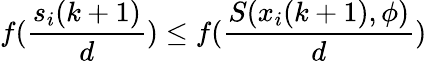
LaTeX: f(\frac{s_{i}(k+1)}{d})\leq f(\frac{S(x_{i}(k+1),\phi)}{d})